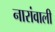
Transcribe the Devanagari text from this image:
नारांवाली